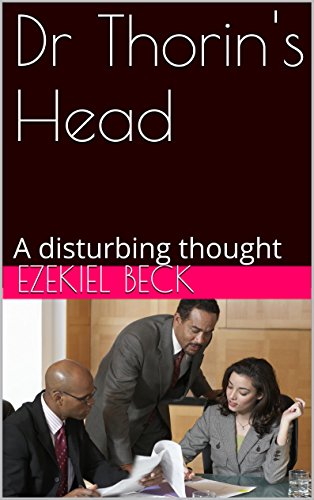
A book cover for Dr Thorin's Head: A disturbing thought; Ezekiel Beck; Crafts, Hobbies & Home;